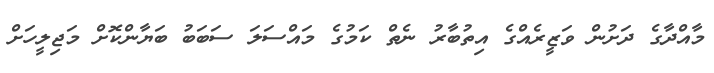
މާއްދާގެ ދަށުން ވަޒީރެއްގެ އިތުބާރު ނެތް ކަމުގެ މައްސަލަ ސަބަބު ބަޔާންކޮށް މަޖިލީހަށް